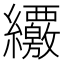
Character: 𦇸